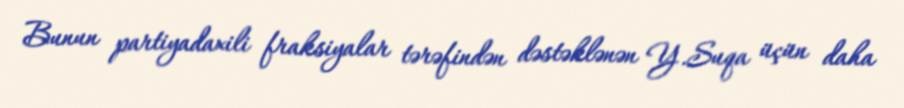
Bunun partiyadaxili fraksiyalar tərəfindən dəstəklənən Y.Suqa üçün daha